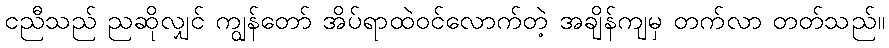
ငညီသည် ညဆိုလျှင် ကျွန်တော် အိပ်ရာထဲဝင်လောက်တဲ့ အချိန်ကျမှ တက်လာ တတ်သည်။